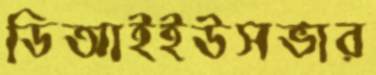
ডিআইইউসভার